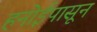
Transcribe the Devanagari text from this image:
हनोईपासून